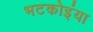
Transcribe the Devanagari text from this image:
भटकोइंया